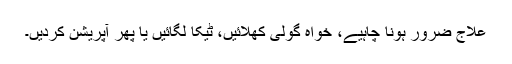
علاج ضرور ہونا چاہیے، خواہ گولی کھلائیں، ٹیکا لگائیں یا پھر آپریشن کردیں۔